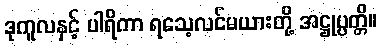
ဒုကူလနှင့် ပါရိကာ ရသေ့လင်မယားတို့ အဋ္ဌုပ္ပတ္တိ။